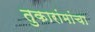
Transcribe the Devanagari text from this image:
तुकारांमांचा